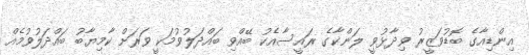
އިންޑިއާގެ ބޮޑުވަޒީރު ވިދާޅުވީ ލަންކާގެ ރައީސާއެކު ބޭއްވި ބައްދަލުވުމަކީ ވަރަށް ކާމިޔާބު ބައްދަލުވުމެެއް